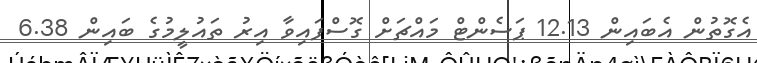
އެގޮތުން އެބައިން 12.13 ޕަސެންޓް މައްޗަށް ގޮސްފައިވާ އިރު ތައުލީމުގެ ބައިން 6.38